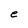
Character: e